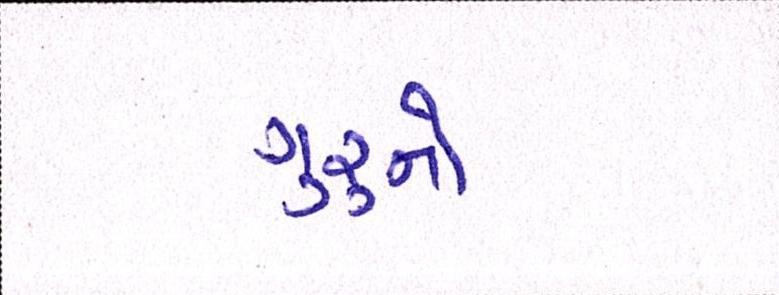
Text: ગુરૃનો